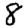
Digit: 8